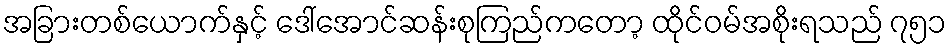
အခြားတစ်ယောက်နှင့် ဒေါ်အောင်ဆန်းစုကြည်ကတော့ ထိုင်ဝမ်အစိုးရသည် ၇၅၁